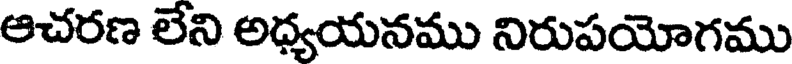
ఆచరణ లేని అధ్యయనము నిరుపయోగము